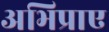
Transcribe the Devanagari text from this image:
अभिप्राए